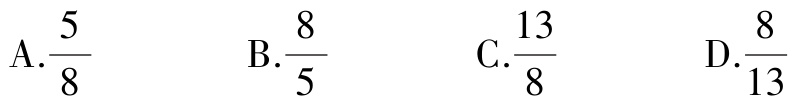
A.$\frac{5}{8}$  B.$\frac{8}{5}$  C.$\frac{13}{8}$  D.$\frac{8}{13}$